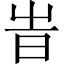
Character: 旹